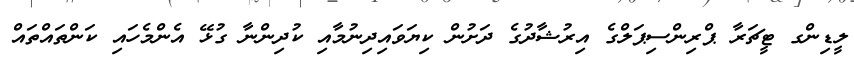
ލީޑިންގ ޓީޗަރާ ޕްރިންސިޕަލްގެ އިރުޝާދުގެ ދަށުން ކިޔަވައިދިނުމާއި ކުދިންނާ ގުޅޭ އެންމެހައި ކަންތައްތައް